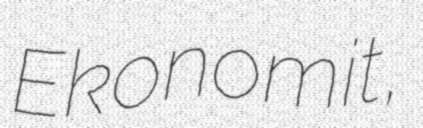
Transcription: Ekonomit,